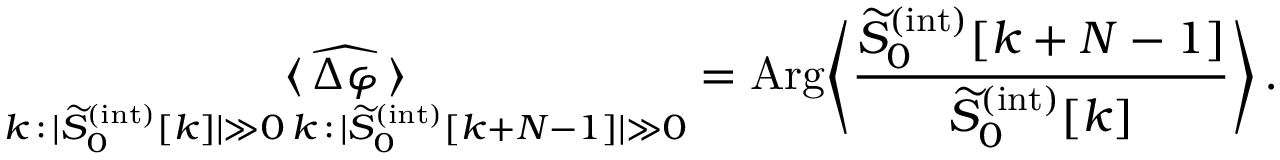
\underset { \substack { k \, : \, | \widetilde { S } _ { 0 } ^ { ( \mathrm { i n t } ) } [ k ] | \gg 0 \, k \, : \, | \widetilde { S } _ { 0 } ^ { ( \mathrm { i n t } ) } [ k + N - 1 ] | \gg 0 } } { \langle \, \widehat { \Delta \varphi } \, \rangle } = \mathrm { A r g } \Bigg \langle \frac { \widetilde { S } _ { 0 } ^ { ( \mathrm { i n t } ) } [ k + N - 1 ] } { \widetilde { S } _ { 0 } ^ { ( \mathrm { i n t } ) } [ k ] } \Bigg \rangle \, .